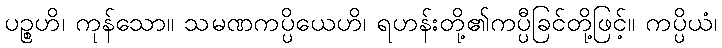
ပဉ္စဟိ၊ ကုန်သော။ သမဏကပ္ပိယေဟိ၊ ရဟန်းတို့၏ကပ္ပီခြင်တို့ဖြင့်။ ကပ္ပိယံ၊